Leningradi_Edasi_toimetus, lk 85
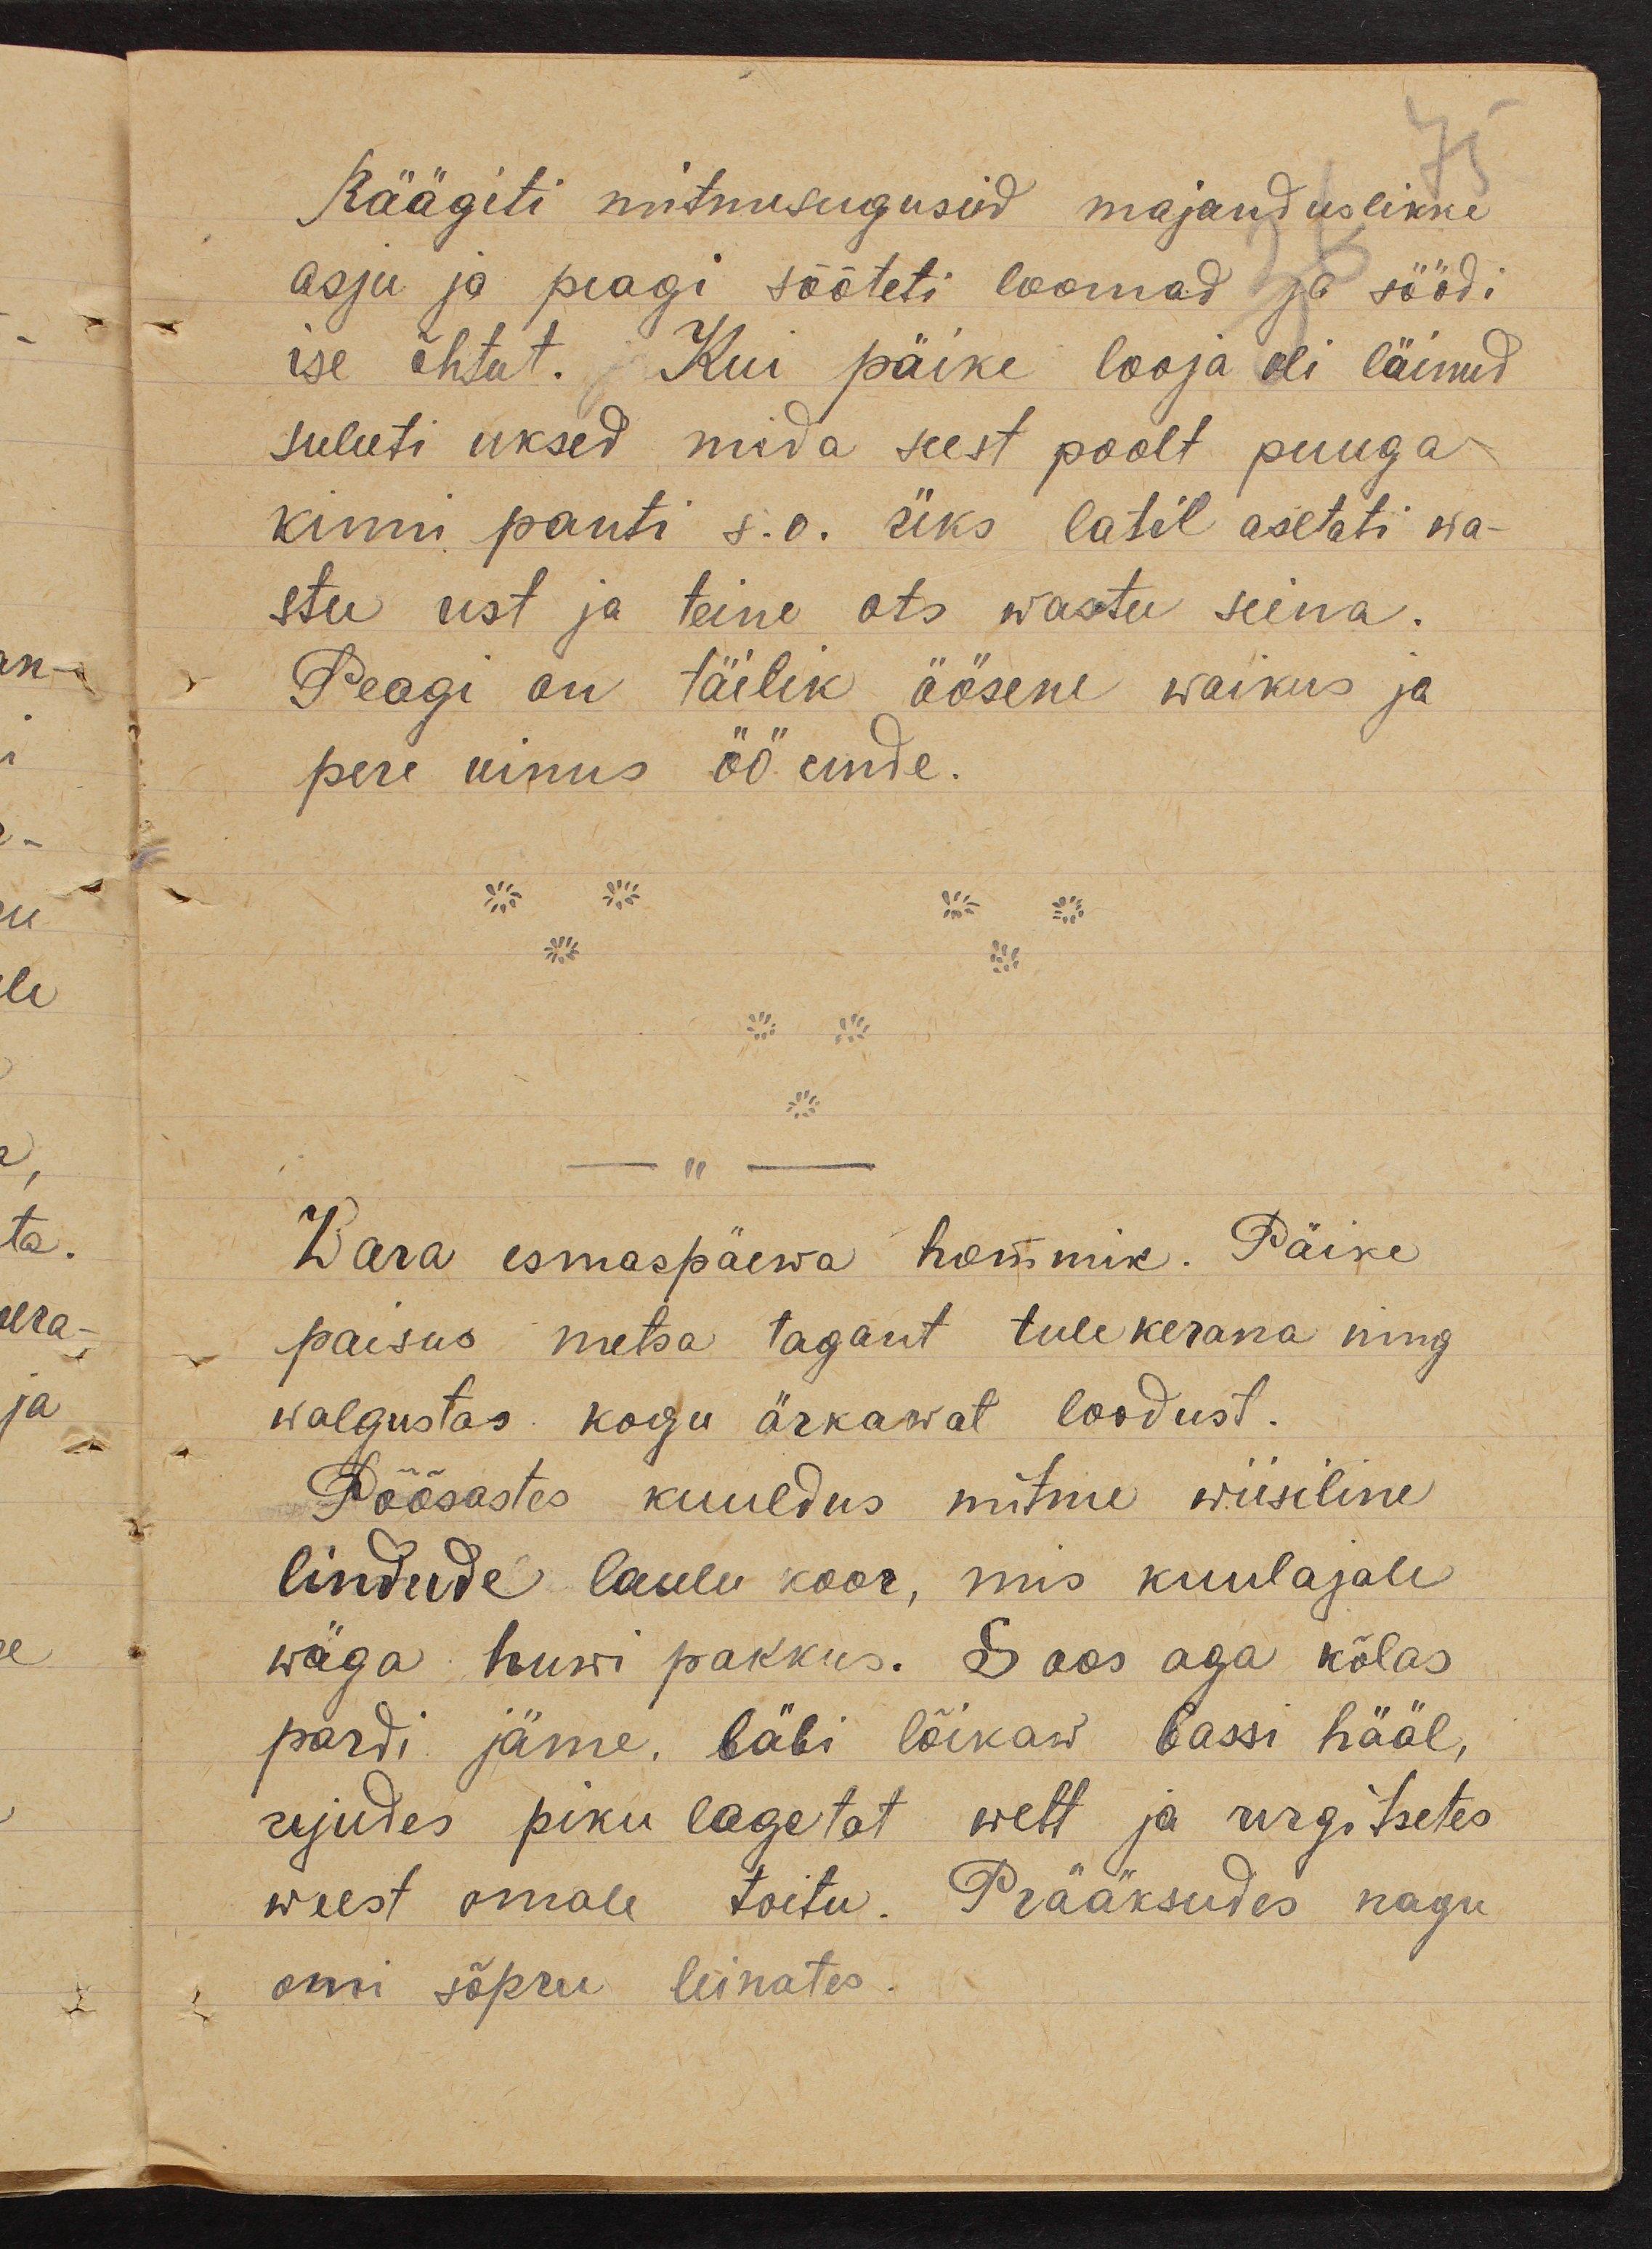
Räägiti mitmesuguseid majanduslikke
asju ja peagi sööteti loomad ja söödi
ise õhtut. Kui päike looja oli läinud
suluti uksed mida seest poolt puuga
kinni panti s.o. üks latil asetati wa-
stu ust ja teine ots wastu seina.
Peagi on täilik öösene waikus ja
pere uinus öö unde.
- " -
Wara esmaspäewa hommik. Päike
paisus metsa tagant tulekerana ning
walgustas kogu ärkawat loodust.
Põõsastes kuuldus mitme wiisiline
lindude laulu koor, mis kuulajale
wäga huwi pakkus. Soos aga kõlas
pardi jäme, läbi lõikaw bassi hääl,
ujudes piku lagetat wett ja urgitsetes
weest omale toitu. Prääksudes nagu
omi sõpru leinates.